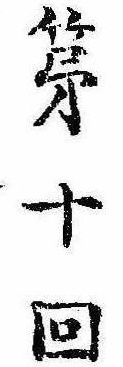
第十回